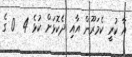
އާ ކުރީ ކެމަރޫން އާއި ދެކޮޅަށް ކުޅެ 4  0 ގެ